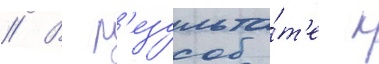
// В р'езульта́т'е к